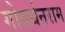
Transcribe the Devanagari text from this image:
गोबर्धनराम